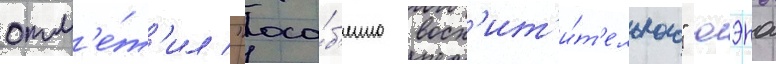
отм'е́т'ил "осо́б'енно восх'ит'и́т'ельного" юэна